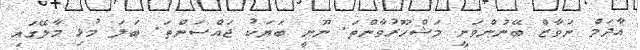
އާދަމް ނަވާޒް ބޭނުންވަނީ މަޝްހޫރުވާންތަ. ނޫނީ ބަޔަކު ޖައްސަންތަ. ބަލަ މުޅި މާލޭގައި